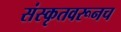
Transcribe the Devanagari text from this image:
संस्कृतवरूनच